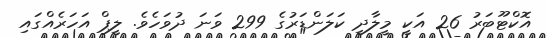
އޮކްޓޫބަރު 26 އަކީ މީލާދީ ކަލަންޑަރުގެ 299 ވަނަ ދުވަހެވެ. ލީޕް އަހަރެއްގައި